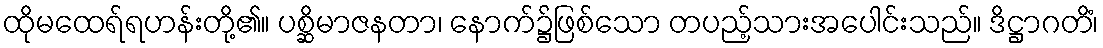
ထိုမထေရ်ရဟန်းတို့၏။ ပစ္ဆိမာဇနတာ၊ နောက်၌ဖြစ်သော တပည့်သားအပေါင်းသည်။ ဒိဋ္ဌာဂတိံ၊